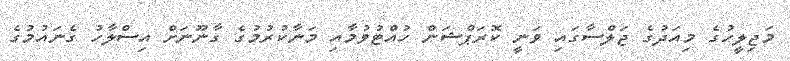
މަޖިލީހުގެ މިއަދުގެ ޖަލްސާގައި ވަނީ ކޮރަޕްޝަން ހުއްޓުވުމާއި މަނާކުރުމުގެ ގާނޫނަށް އިސްލާހު ގެނައުމުގެ